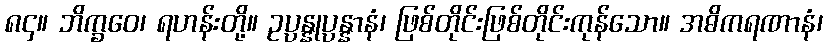
၈၄။ ဘိက္ခဝေ၊ ရဟန်းတို့။ ဥပ္ပန္နုပ္ပန္နာနံ၊ ဖြစ်တိုင်းဖြစ်တိုင်းကုန်သော။ အဓိကရဏာနံ၊